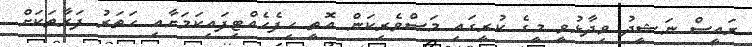
ރައީސް ނަޝީދު ވިދާޅުވީ މީގެ ކުރީގައި މަސްވެރިކަން އޮތީ ހިފެހެއްޓިފައިކަމަށާއި ހަތަރު ފަރާތަކަށް